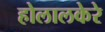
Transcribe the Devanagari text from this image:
होलालकेरे